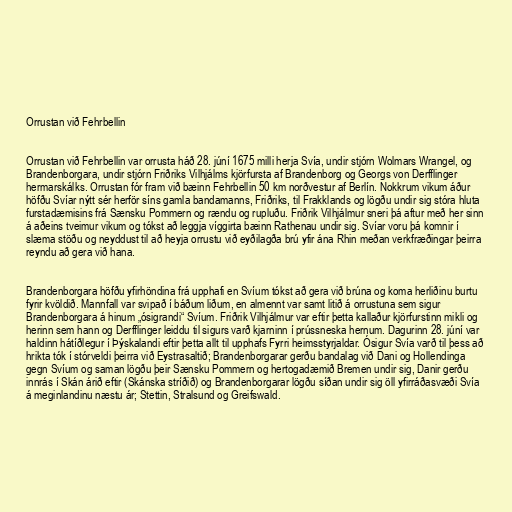
Orrustan við Fehrbellin

Orrustan við Fehrbellin var orrusta háð 28. júní 1675 milli herja Svía, undir stjórn Wolmars Wrangel, og
Brandenborgara, undir stjórn Friðriks Vilhjálms kjörfursta af Brandenborg og Georgs von Derfflinger
hermarskálks. Orrustan fór fram við bæinn Fehrbellin 50 km norðvestur af Berlín. Nokkrum vikum áður
höfðu Svíar nýtt sér herför síns gamla bandamanns, Friðriks, til Frakklands og lögðu undir sig stóra hluta
furstadæmisins frá Sænsku Pommern og rændu og rupluðu. Friðrik Vilhjálmur sneri þá aftur með her sinn
á aðeins tveimur vikum og tókst að leggja víggirta bæinn Rathenau undir sig. Svíar voru þá komnir í
slæma stöðu og neyddust til að heyja orrustu við eyðilagða brú yfir ána Rhin meðan verkfræðingar þeirra
reyndu að gera við hana.

Brandenborgara höfðu yfirhöndina frá upphafi en Svíum tókst að gera við brúna og koma herliðinu burtu
fyrir kvöldið. Mannfall var svipað í báðum liðum, en almennt var samt litið á orrustuna sem sigur
Brandenborgara á hinum „ósigrandi“ Svíum. Friðrik Vilhjálmur var eftir þetta kallaður kjörfurstinn mikli og
herinn sem hann og Derfflinger leiddu til sigurs varð kjarninn í prússneska hernum. Dagurinn 28. júní var
haldinn hátíðlegur í Þýskalandi eftir þetta allt til upphafs Fyrri heimsstyrjaldar. Ósigur Svía varð til þess að
hrikta tók í stórveldi þeirra við Eystrasaltið; Brandenborgarar gerðu bandalag við Dani og Hollendinga
gegn Svíum og saman lögðu þeir Sænsku Pommern og hertogadæmið Bremen undir sig, Danir gerðu
innrás í Skán árið eftir (Skánska stríðið) og Brandenborgarar lögðu síðan undir sig öll yfirráðasvæði Svía
á meginlandinu næstu ár; Stettin, Stralsund og Greifswald.